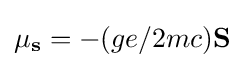
\mathbf {\mu _{s}} =-(ge/2mc)\mathbf {S}